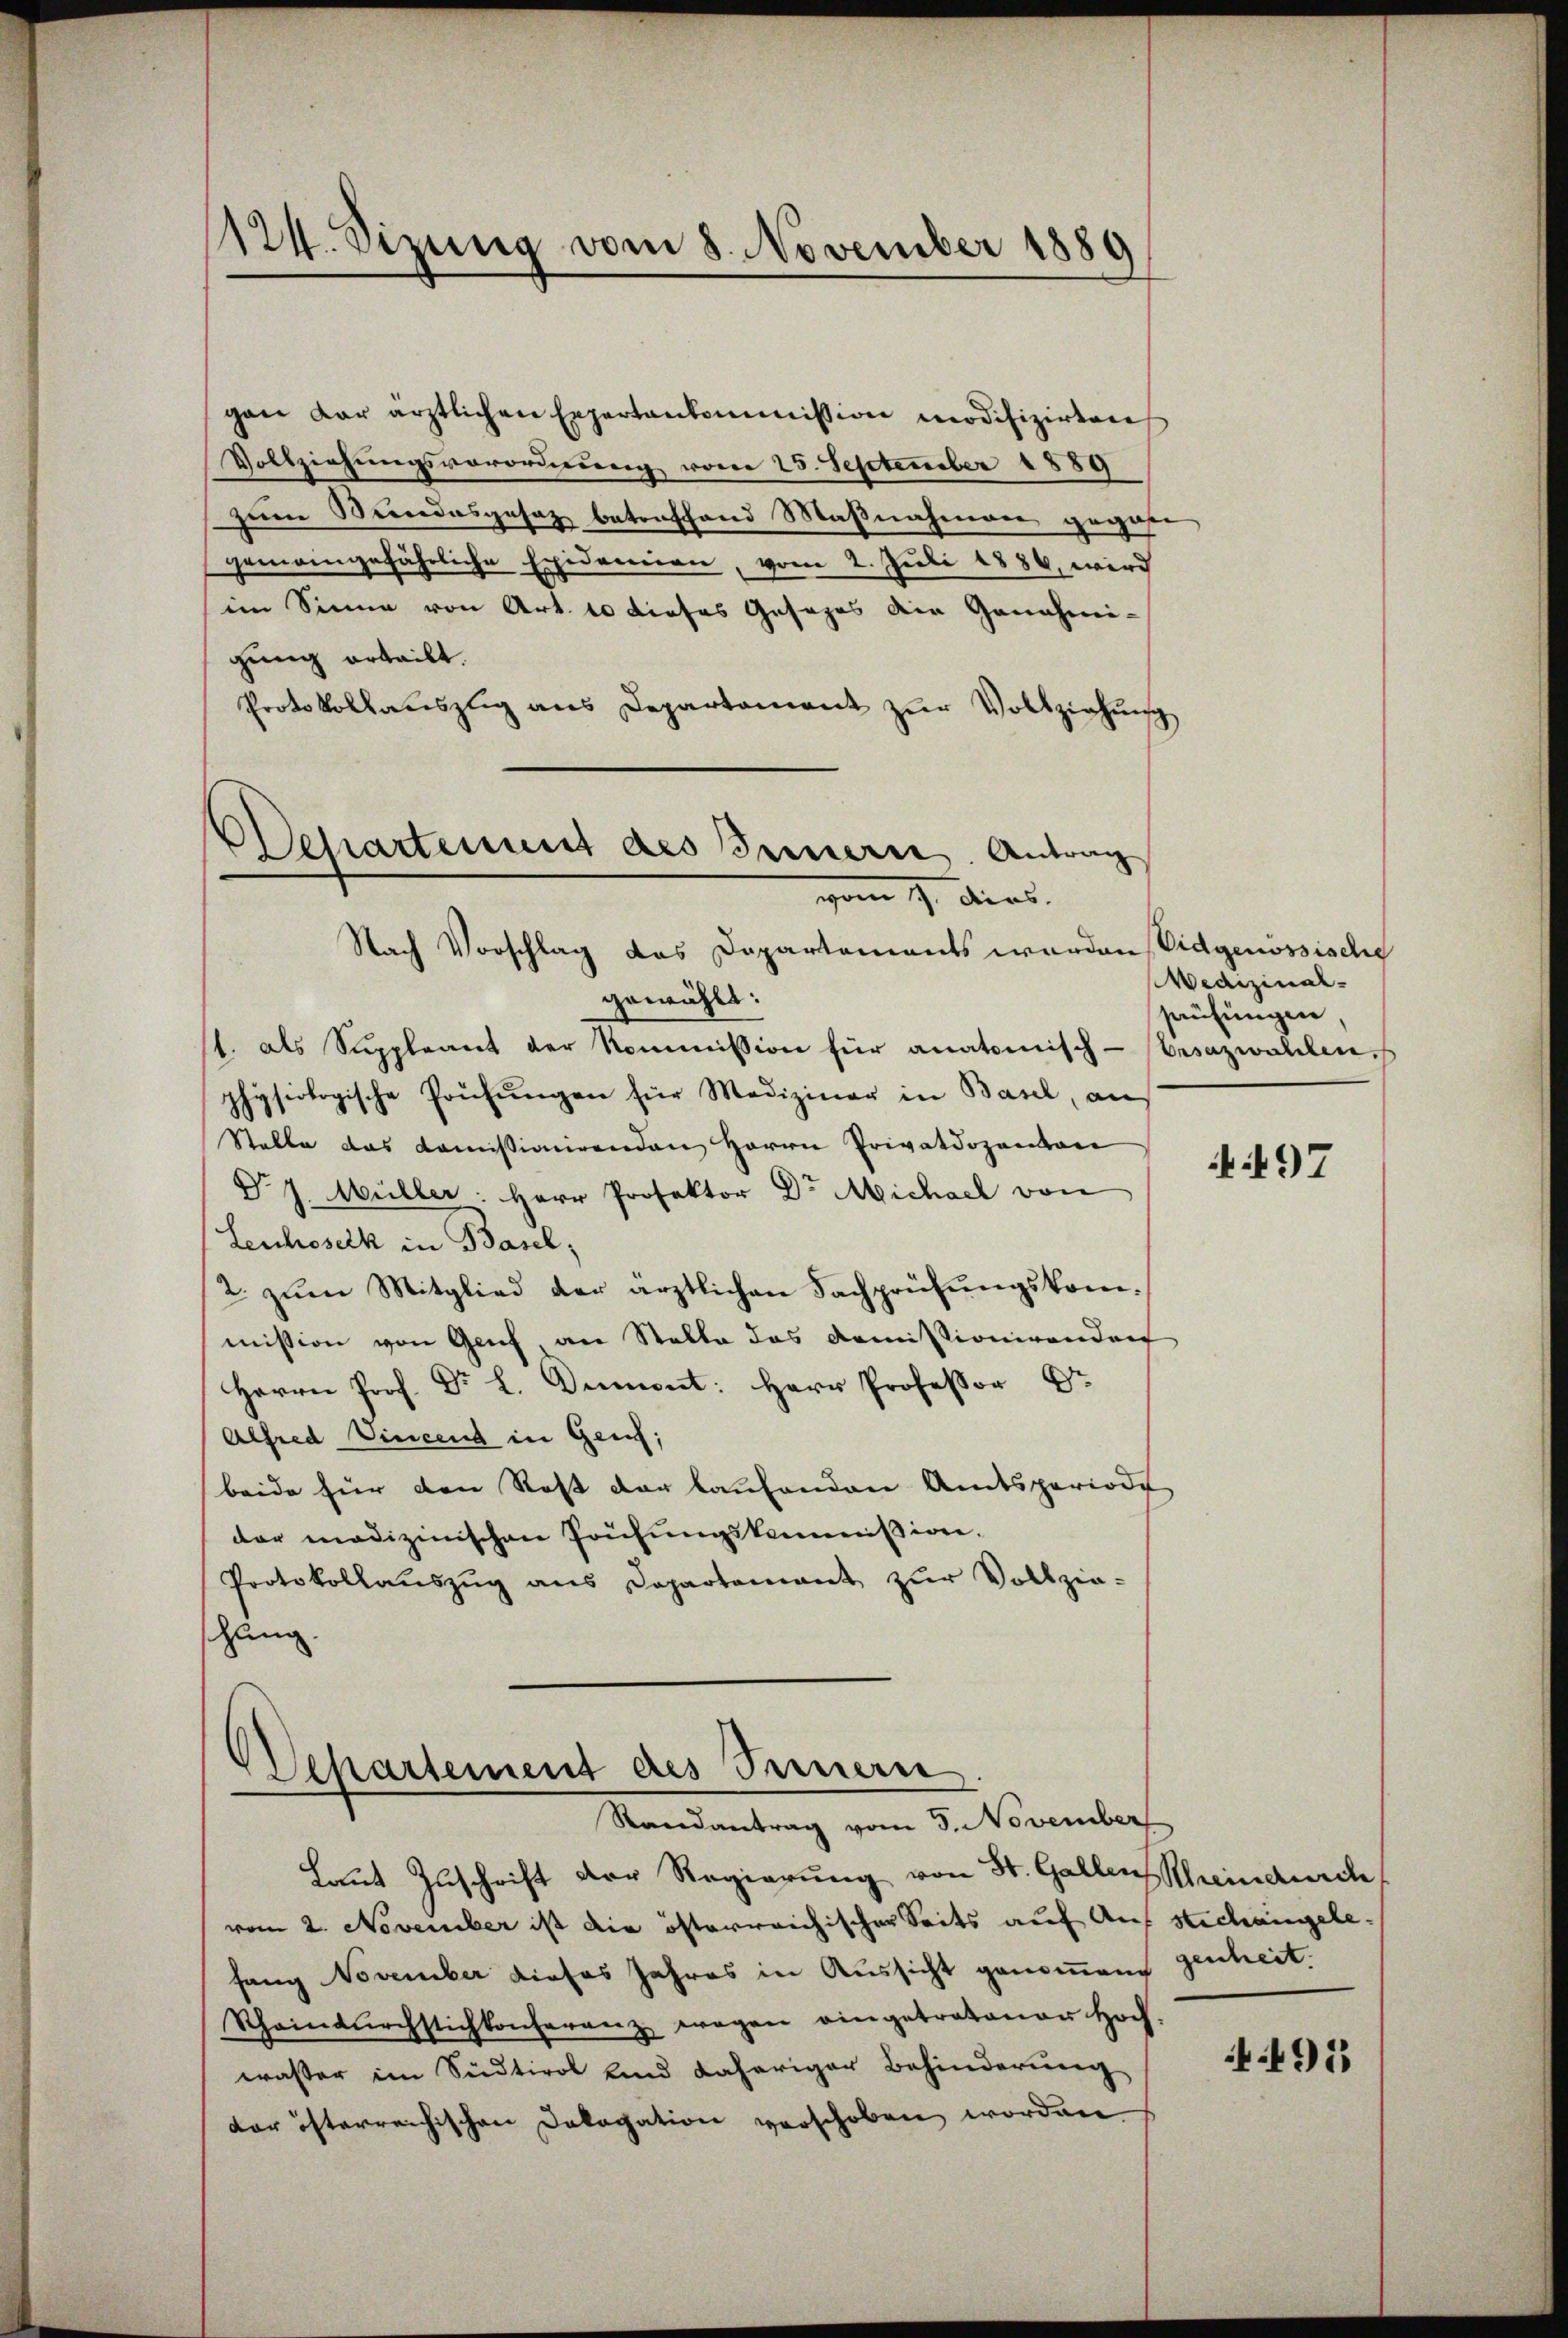
gen dar ärztlichen Erpartankommission modifizirten
Vollziehungsverordnung vom 25. September 1889
zum Bundesgesetz betreffend Maßnahmen gegebe
gemeingefährliche Exidemien, vom 2. Juli 1886, wird
im Sinne von Art. 10 dieses Gesages die Genehmi-
gung erteilt.
Protokollauszug aus Departament zŭr Vollziehŭng
Departement des Innern. Antrag

1124. Sizung vom 8. November 1889

vom 9. dies
Nach Vorschlag das Departements werden Eidgenössische

gewählt:
t. als Suppleant der kommission für anatomisch-Oesazwahlen.
physiologische Prüfungen für Mediziner in Basel, an
Stalle das Komissionirenden Herrn Privatdozenten
D. J. Müller: Herr Profektor Dr. Michael von
Lenchoseik in Basel;
2. zum Mitglied der ärztlichen Fachprüfungskommission von Genf, an Stalle das Komissionirenden
Herrn Prof. Dr. L. Dumont: Herr Professor Dr.
Alfred Vincend in Genf;
beide für den Rest der laufenden Amtsperiode
der medizinischen Prüfŭngskommißion.
Protokollaŭszŭg ans Departamant zŭr Vollzie-
schung.

Oehartement des Fernern
Randantrag vom 5. November

Laut Zuschrift der Regierung von St. Gallen Schreindurch
vom 2. November ist die österreichischer Seits auf Auf stechangelefang November dieses Jahres in Aussicht genommend genheit.
Scheintŭrchstichkonferenz wegen eingetretener Hoch-
wasser im Südtirol und daheriger Behinderung
der österreichischen Dologation verschoben worden.

Wedizinal-
prüfungen,

497

495